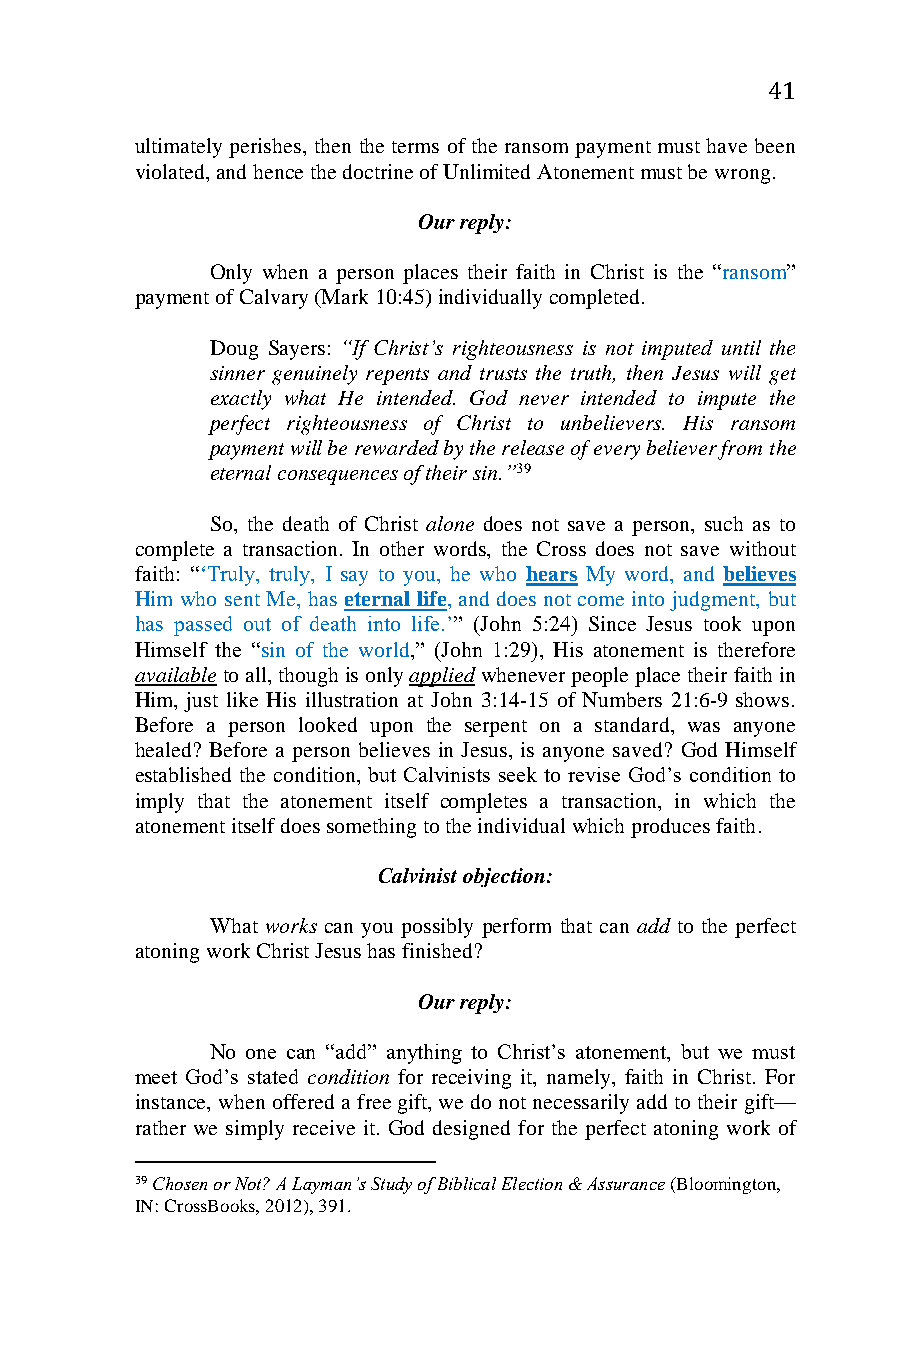
41
 ultimately perishes, then the terms of the ransom payment must have been
 violated, and hence the doctrine of Unlimited Atonement must be wrong.
 Our reply:
 Only when a person places their faith in Christ is the “ransom”
 payment of Calvary (Mark 10:45) individually completed.
 Doug Sayers: “If Christ’s righteousness is not imputed until the
 sinner genuinely repents and trusts the truth, then Jesus will get
 exactly what He intended. God never intended to impute the
 perfect righteousness of Christ to unbelievers. His ransom
 payment will be rewarded by the release of every believer from the
 eternal consequences of their sin.”39
 So, the death of Christ alone does not save a person, such as to
 complete a transaction. In other words, the Cross does not save without
 faith: “‘Truly, truly, I say to you, he who hears My word, and believes
 Him who sent Me, has eternal life, and does not come into judgment, but
 has passed out of death into life.’” (John 5:24) Since Jesus took upon
 Himself the “sin of the world,” (John 1:29), His atonement is therefore
 available to all, though is only applied whenever people place their faith in
 Him, just like His illustration at John 3:14-15 of Numbers 21:6-9 shows.
 Before a person looked upon the serpent on a standard, was anyone
 healed? Before a person believes in Jesus, is anyone saved? God Himself
 established the condition, but Calvinists seek to revise God’s condition to
 imply that the atonement itself completes a transaction, in which the
 atonement itself does something to the individual which produces faith.
 Calvinist objection:
 What works can you possibly perform that can add to the perfect
 atoning work Christ Jesus has finished?
 Our reply:
 No one can “add” anything to Christ’s atonement, but we must
 meet God’s stated condition for receiving it, namely, faith in Christ. For
 instance, when offered a free gift, we do not necessarily add to their gift—
 rather we simply receive it. God designed for the perfect atoning work of
 39 Chosen or Not? A Layman’s Study of Biblical Election & Assurance (Bloomington,
 IN: CrossBooks, 2012), 391.